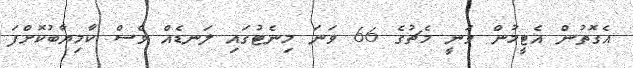
އެގޮތުން އެޓީމުން ވަނީ މެޗުގެ 66 ވަނަ މިނެޓުގައި ލަނޑެއް ވެސް ކާމިޔާބުކޮށްފަ